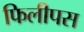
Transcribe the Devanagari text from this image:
फिलीपस